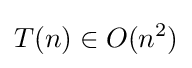
T(n)\in O(n^{2})